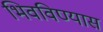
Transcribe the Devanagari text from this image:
भिवविण्यास